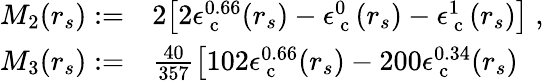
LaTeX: \begin{array}{rl}{M_{2}(r_{s}):=}&{{}2\big[2\epsilon_{\mathrm{~c~}}^{0.66}(r_{s})-\epsilon_{\mathrm{~c~}}^{0}(r_{s})-\epsilon_{\mathrm{~c~}}^{1}(r_{s})\big]\; ,}\\ {M_{3}(r_{s}):=}&{{}\frac{40}{357}\big[102\epsilon_{\mathrm{~c~}}^{0.66}(r_{s})-200\epsilon_{\mathrm{~c~}}^{0.34}(r_{s})}\end{array}